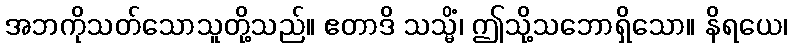
အဘကိုသတ်သောသူတို့သည်။ ဧတာဒိ သသ္မိံ၊ ဤသို့သဘောရှိသော။ နိရယေ၊